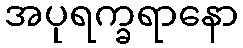
အပုရက္ခရာနော